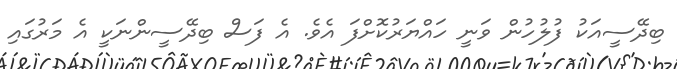
ބިދޭސީއަކު ފުލުހުން ވަނީ ހައްޔަރުކޮށްފަ އެވެ. އެ ފަސް ބިދޭސީންނަކީ އެ މަރުގައި